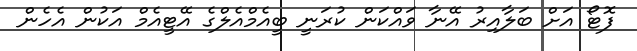
ފޮޓޯ އަށް ބަލާއިރު އޭނާ ވައްކަން ކުރަނީ ބީއެމްއެލްގެ އޭޓީއެމް އަކުން އެހެން